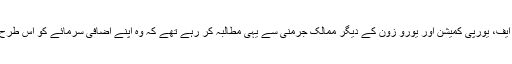
بین الاقوامی مالیاتی ادارے، جیسے کہ آئی ایم ایف، یورپی کمیشن اور یورو زون کے دیگر ممالک جرمنی سے یہی مطالبہ کر رہے تھے کہ وہ اپنے اضافی سرمائے کو اس طرح خرچ کرے کہ اس کا فائدہ تمام یورپ کو ہو۔